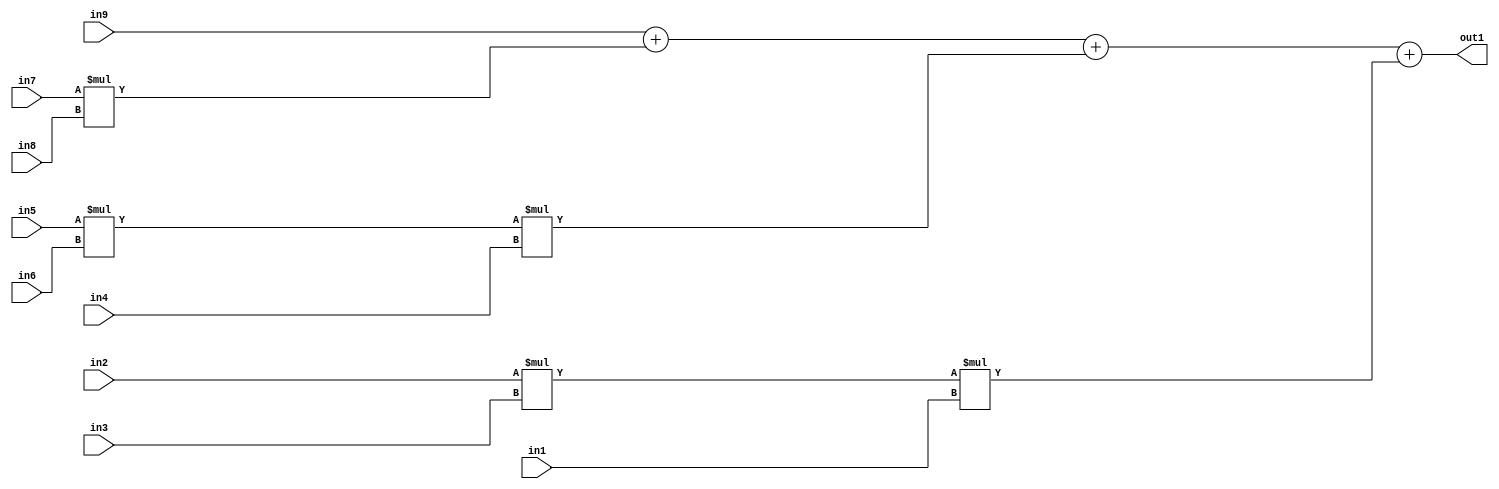
`timescale 1ps / 1ps
/*****************************************************************************
    Verilog RTL Description
    
    
    Created by: Stratus DpOpt 2019.1.01 
*******************************************************************************/

module st_weight_addr_gen_Add4Mul3u16u16u16Mul3u16u16u16Mul2u16u16u16_4_1 (
	in9,
	in8,
	in7,
	in6,
	in5,
	in4,
	in3,
	in2,
	in1,
	out1
	); /* architecture "behavioural" */ 
input [15:0] in9,
	in8,
	in7,
	in6,
	in5,
	in4,
	in3,
	in2,
	in1;
output [31:0] out1;
wire [31:0] asc001,
	asc002,
	asc003;

assign asc002 = 
	+(in5 * in6);

assign asc003 = 
	+(in2 * in3);

wire [31:0] asc001_tmp_0;
wire [31:0] asc001_tmp_1;
wire [31:0] asc001_tmp_2;
assign asc001_tmp_2 = 
	+(in9);
assign asc001_tmp_1 = asc001_tmp_2
	+(in7 * in8);
assign asc001_tmp_0 = asc001_tmp_1
	+(asc002 * in4);
assign asc001 = asc001_tmp_0
	+(asc003 * in1);

assign out1 = asc001;
endmodule

/* CADENCE  vbXwSwE= : u9/ySgnWtBlWxVPRXgAZ4Og= ** DO NOT EDIT THIS LINE ******/